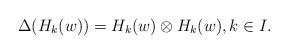
LaTeX: \begin{align*}&\Delta(H_k(w))=H_k(w)\otimes H_k(w), k\in I.\end{align*}